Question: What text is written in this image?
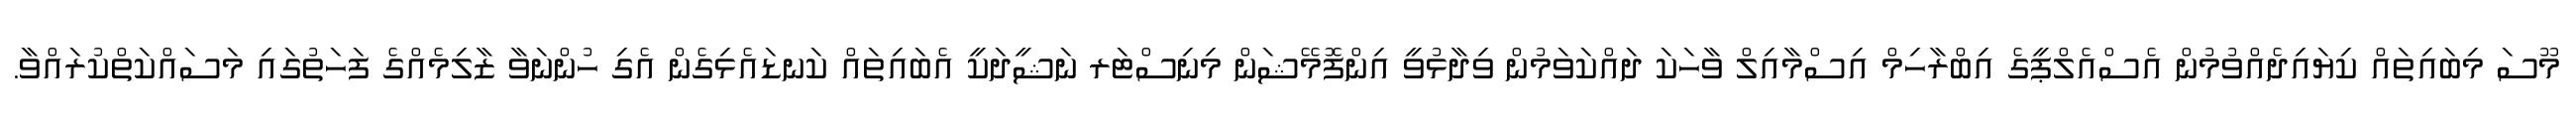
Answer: މޫސަ މިބައިތައް ކިޔައިދެއްވުމުން އެސްއެލްޕީގެ އިބްރާހިމް އިސްމާއިލް ވާހަކަ ދައްކަވަމުން ވިދާޅުވީ އިންފޮމޭޝަން މިނިސްޓަރ ނަޝީދަކީ އެބައިތައް ކަނޑައެޅިގެން އެގި ހުންނަވާ ޒާލިމެއްގެ ފަހަތުގައި މަސައްކަތްކުރައްވާ.